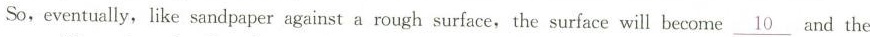
So,eventually, like sandpaper against a rough surface,the surface will become\underline{10} and the